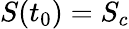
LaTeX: S(t_{0})=S_{c}